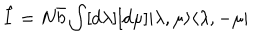
LaTeX: \hat { I } = N \bar { b } \int [ d \lambda ] [ d \mu ] | \lambda , \mu \rangle \langle \lambda , - \mu |